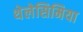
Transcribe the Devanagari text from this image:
थेलेसिमिया